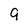
Character: 9